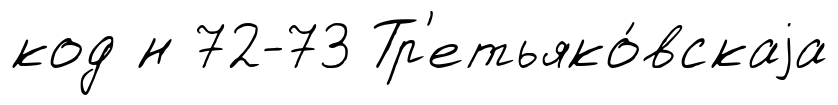
код н 72-73 Тр'етьяко́вскаjа